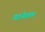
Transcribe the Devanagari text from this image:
पडनेवाल